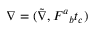
\nabla = ( \tilde { \nabla } , F ^ { a } { } _ { b } t _ { c } )